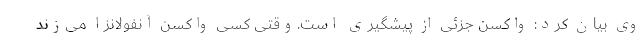
وی بیان کرد: واکسن جزئی از پیشگیری است.وقتی کسی واکسن آنفولانزا می‌زند